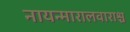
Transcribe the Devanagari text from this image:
नायन्मारालवाराश्च